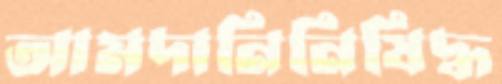
আমদানিনিষিদ্ধ